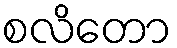
စလိတော